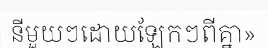
នីមួយៗដោយឡែកៗពីគ្នា»